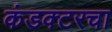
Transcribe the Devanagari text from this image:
कंडक्टरचा